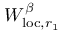
W _ { \mathrm { l o c } , r _ { 1 } } ^ { \beta }